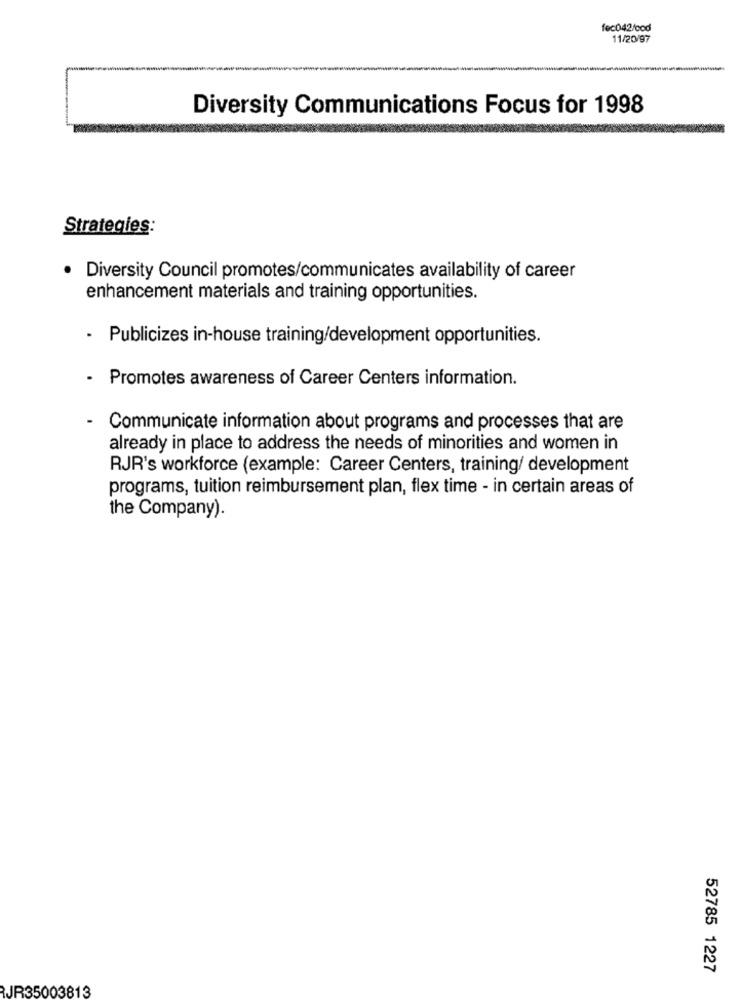
fec042/cod
11/20/97
Diversity Communications Focus for 1998
Strategies:
· Diversity Council promotes/communicates availability of career
enhancement materials and training opportunities.
· Publicizes in-house training/development opportunities.
· Promotes awareness of Career Centers information.
Communicate information about programs and processes that are
already in place to address the needs of minorities and women in
RJR's workforce (example: Career Centers, training/ development
programs, tuition reimbursement plan, flex time - in certain areas of
the Company).
52785 1227
JR35003813